Annual report of the Imperial Bacteriologist
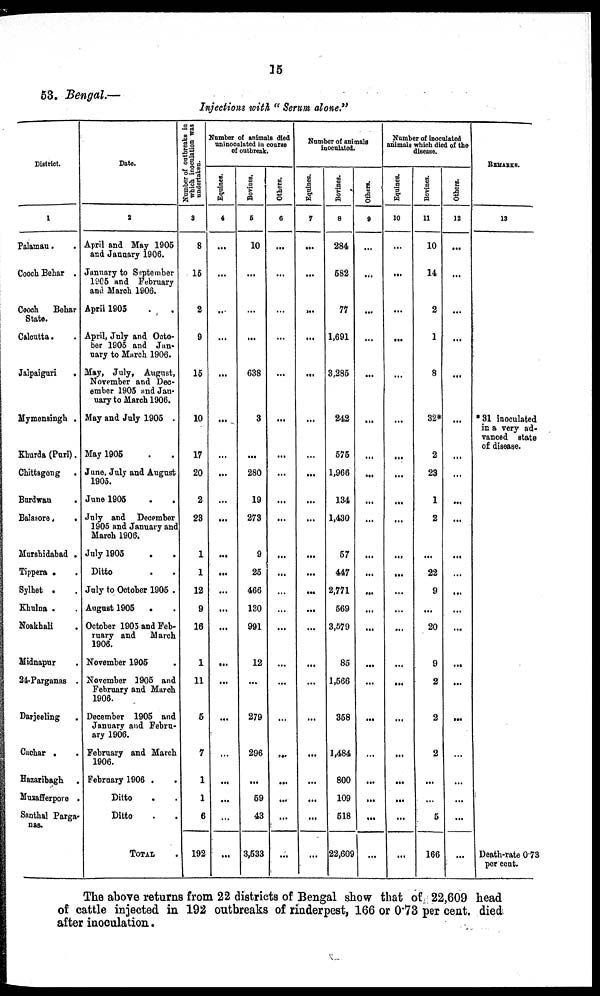
15
53. Bengal.—
Injections with " Serum alone."
District.
1
Palamau . .
Cooch Behar .
Cooch Behar
State.
Calcutta .
Jalpaiguri
.
Mymensingh .
Khurda (Puri).
Chittagong .
Burdwan
.
Balasore.
.
Murshidabad .
Tippera .
Sylhet .
Khulna .
Noakhali .
Midnapur .
24.Parganas .
Darjeeling .
Cachar .
Hazaribagh .
Muzafferpore .
Santhal Parga-
nas.
Date.
2
April and May 1905
and January 1906.
January to September
1905 and February
and March 1906.
April 1905
April, July and Octo-
ber 1905 and Jan-
nary to March 1906.
May, July, August,
November and Dec-
ember 1905 and Jan-
uary to March 1906.
May and July 1905 .
May 1905
June, July and August
1905.
June 1905
July and December
1905 and January and
March 1906.
July 1905
Ditto
July to October 1905 .
August 1905
.
October 1905 and Feb-
ruary and March
1906.
November 1905
November 1905 and
February and March
1906.
December 1905 and
January and Febru-
ary 1906.
February and March
1906.
February 1906 . .
Ditto . .
Ditto . .
TOTAL
Number of outbreaks in
which inoculation was
undertaken.
3
8
15
2
9
15
10
17
20
2
23
1
1
12
9
16
1
11
5
7
1
1
6
192
Number of animals died
uninoculated in course
of outbreak.
Equlnes.
4
...
...
...
...
...
...
...
...
...
...
...
...
...
...
...
...
...
...
...
...
...
...
...
Bovines.
5
10
...
...
...
638
3
...
280
19
273
9
25
466
130
991
12
...
279
296
...
59
43
3,533
Others.
6
...
...
...
...
...
...
...
...
...
...
...
...
...
...
...
...
...
...
...
...
...
...
...
Number of animals
inoculated.
Equines.
7
...
...
...
...
...
...
...
...
...
...
...
...
...
...
...
...
...
...
...
...
...
...
...
Bovines.
8
284
582
77
1,691
3,285
242
575
1,966
134
1,430
57
447
2,771
569
3,579
85
1,566
358
1,484
800
109
518
22,609
Others.
9
...
...
...
...
..
...
...
...
...
...
...
...
...
...
...
...
...
...
...
...
...
...
...
Number of inoculated
animals which died of the
disease.
Equines.
10
...
...
...
...
...
...
...
...
...
...
...
...
...
...
...
...
...
...
...
...
...
...
...
Bovines.
11
10
14
2
1
8
32*
2
23
1
2
....
22
9
...
20
9
2
2
2
...
...
5
166
Others.
12
...
...
...
...
...
...
...
...
...
...
...
...
...
...
...
...
...
...
...
...
...
...
...
REMARKS.
13
*31 inoculated
in a very ad-
vanced state
of disease.
Death-rate 0.73
percent.
The above returns from 22 districts of Bengal show that of 22,609 head
of cattle injected in 192 outbreaks of rinderpest, 166 or 0.73 per cent. died
after inoculation .